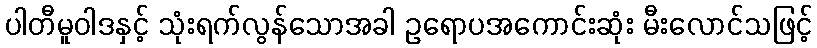
ပါတီမူဝါဒနှင့် သုံးရက်လွန်သောအခါ ဥရောပအကောင်းဆုံး မီးလောင်သဖြင့်